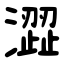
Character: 澀